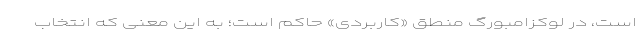
است، در لوکزامبورگ منطق «کاربردی» حاکم است؛ به این معنی که انتخاب